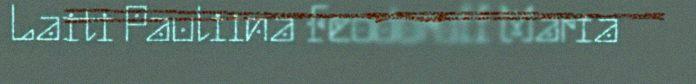
Laiti Pauliina Feodoroff Maria